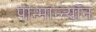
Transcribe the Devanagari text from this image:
पान्मान्न्यॉन